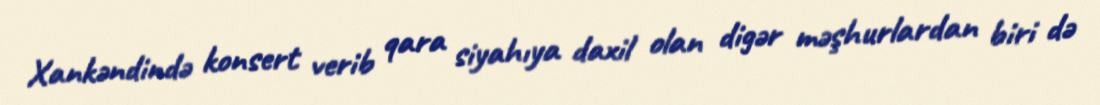
Xankəndində konsert verib qara siyahıya daxil olan digər məşhurlardan biri də